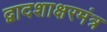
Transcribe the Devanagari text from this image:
द्वादशाक्षरमंत्र